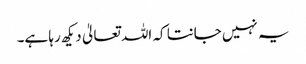
یہ نہیں جانتا کہ اللہ تعالیٰ دیکھ رہا ہے۔